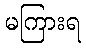
မကြားရ